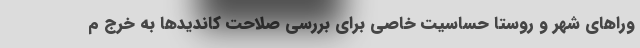
وراهای شهر و روستا حساسیت خاصی برای بررسی صلاحت کاندیدها به خرج م